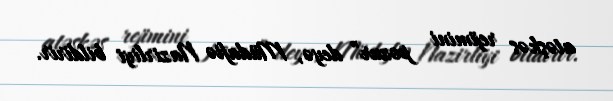
atəşkəs rejimini pozur” deyə, Müdafiə Nazirliyi bildirir.